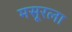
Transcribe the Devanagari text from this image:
मसूरला